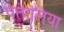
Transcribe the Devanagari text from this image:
पंतालिया